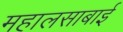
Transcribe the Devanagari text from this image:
महालसाबाई